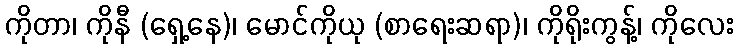
ကိုတာ၊ ကိုနီ (ရှေ့နေ)၊ မောင်ကိုယု (စာရေးဆရာ)၊ ကိုရိုးကွန့်၊ ကိုလေး